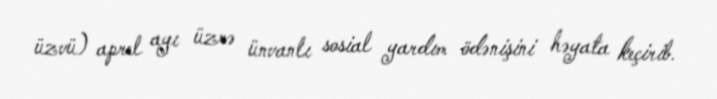
üzvü) aprel ayı üzrə ünvanlı sosial yardım ödənişini həyata keçirib.